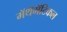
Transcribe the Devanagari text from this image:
मॅथॅमॅटिकल